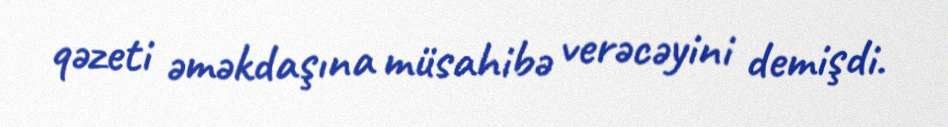
qəzeti əməkdaşına müsahibə verəcəyini demişdi.